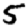
Digit: 5